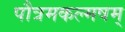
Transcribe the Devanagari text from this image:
पौत्रमकल्मषम्